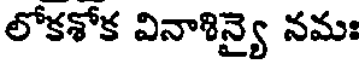
లోకశోక వినాశిన్యై నమః